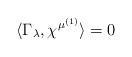
LaTeX: \begin{align*}\langle \Gamma_\lambda, \chi^{\mu^{(1)}} \rangle = 0\end{align*}